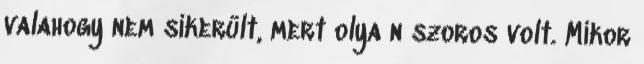
valahogy nem sikerült, mert olya n szoros volt. Mikor